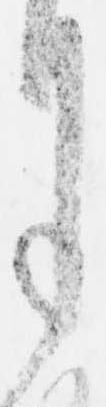
月